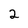
Character: 2